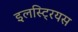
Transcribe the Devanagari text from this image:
इलस्ट्रियस